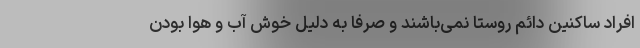
افراد ساکنین دائم روستا نمی‌باشند و صرفاً به دلیل خوش آب و هوا بودن